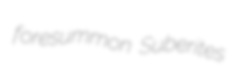
foresummon Suberites